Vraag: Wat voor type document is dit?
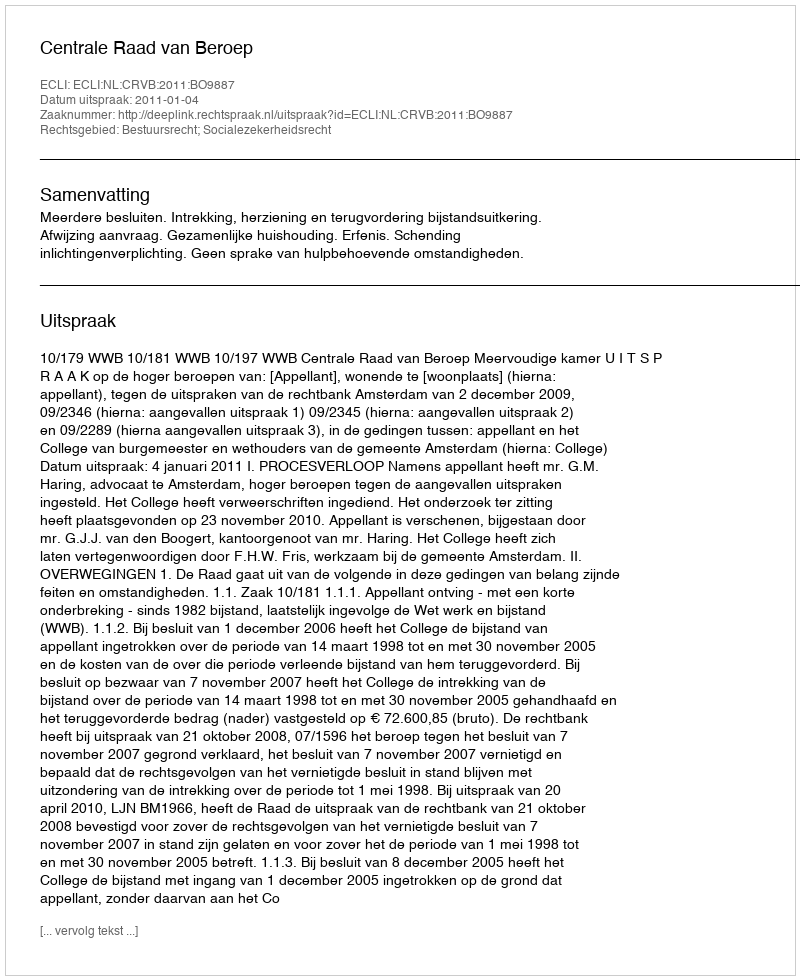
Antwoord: Uitspraak